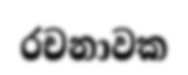
රචනාවක